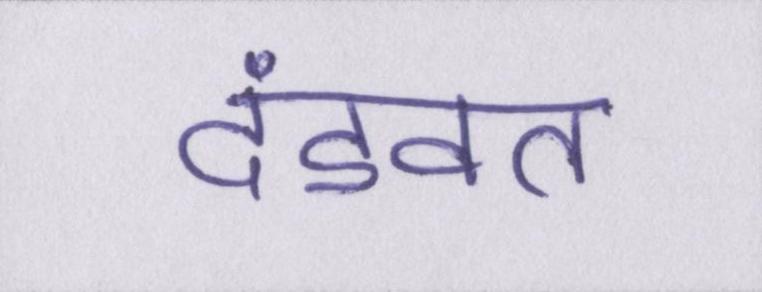
दंडवत